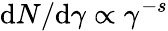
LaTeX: \mathrm{d}N/\mathrm{d}\gamma\propto\gamma^{-s}